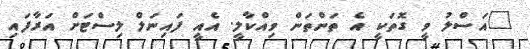
"އަސްލު ވީ ގޮތަކީ އެ ތަންތަން ވިއްކާލީ. އެއީ ފައިނަލް ލިސްޓަށް އަރާފައި